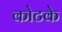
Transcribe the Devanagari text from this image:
कोटके